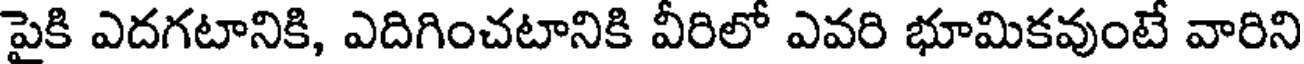
పైకి ఎదగటానికి, ఎదిగించటానికి వీరిలో ఎవరి భూమికవుంటే వారిని